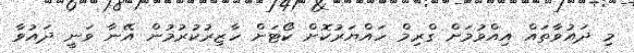
މި ދައުވާތައް އިއްވުމަށް ގްރިމް ހައްޔަރުކޮށް ކޯޓަށް ހާޒިރުކުރުމުން އޭނާ ވަނީ ދައުވާ